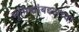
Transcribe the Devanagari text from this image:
भूमिकांबद्दलच्या